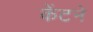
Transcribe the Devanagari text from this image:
केंटने